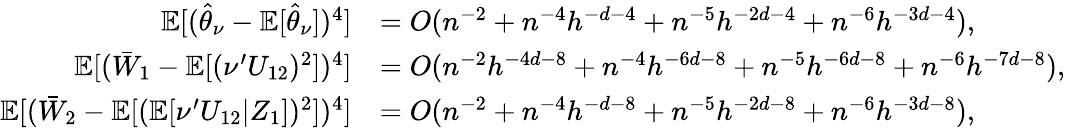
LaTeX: \begin{array}{rl}{\mathbb{E}[(\widehat{\theta}_{\nu}-\mathbb{E}[\widehat{\theta}_{\nu}])^{4}]}&{=O(n^{-2}+n^{-4}h^{-d-4}+n^{-5}h^{-2d-4}+n^{-6}h^{-3d-4}),}\\ {\mathbb{E}[(\bar{W}_{1}-\mathbb{E}[(\nu^{\prime}U_{12})^{2}])^{4}]}&{=O(n^{-2}h^{-4d-8}+n^{-4}h^{-6d-8}+n^{-5}h^{-6d-8}+n^{-6}h^{-7d-8}),}\\ {\mathbb{E}[(\bar{W}_{2}-\mathbb{E}[(\mathbb{E}[\nu^{\prime}U_{12}|Z_{1}])^{2}])^{4}]}&{=O(n^{-2}+n^{-4}h^{-d-8}+n^{-5}h^{-2d-8}+n^{-6}h^{-3d-8}),}\end{array}